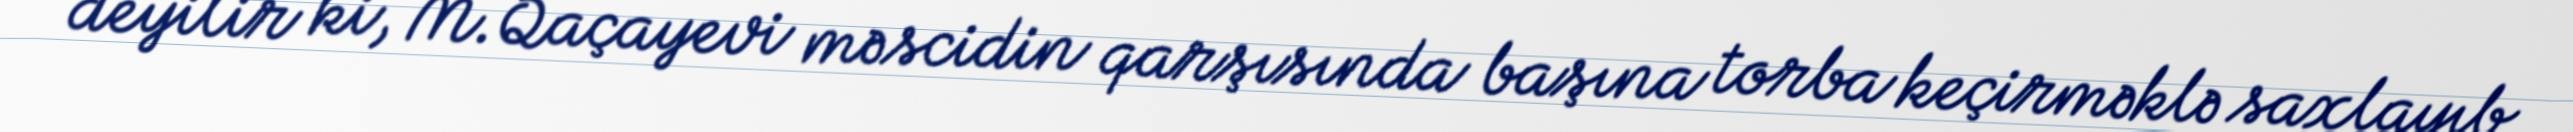
deyilir ki, M.Qaçayevi məscidin qarşısında başına torba keçirməklə saxlayıb